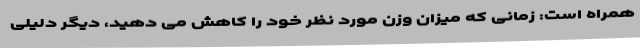
همراه است: زمانی که میزان وزن مورد نظر خود را کاهش می دهید، دیگر دلیلی